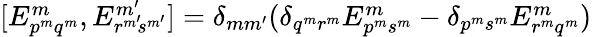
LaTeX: \begin{array}{r}{[E_{{p}^{m}{q}^{m}}^{m},E_{{r}^{m^{\smash{\prime}}}\! {s}^{m^{\smash{\prime}}}}^{m^{\prime}}]=\delta_{mm^{\prime}}(\delta_{q^{m}r^{m}}E_{{p}^{m}{s}^{m}}^{m}-\delta_{p^{m}s^{m}}E_{{r}^{m}{q}^{m}}^{m})}\end{array}